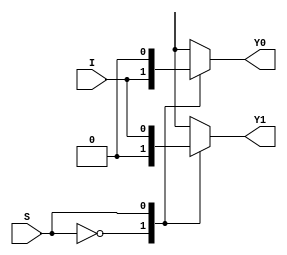
// This program was cloned from: https://github.com/aryanmahawar205/ModelSim-IntelFPGA
// License: GNU General Public License v3.0

//Behavioural Modelling for 1:2 DeMux

module deMux_1_to_2_beh(I, S, Y0, Y1);
input I; input S;
output Y0, Y1; reg Y0, Y1;
always @ (I or S)
begin
case(S)
1'b0 : begin Y0 = I; Y1 = 0; end
1'b1 : begin Y1 = I; Y0 = 0; end
endcase
end
endmodule